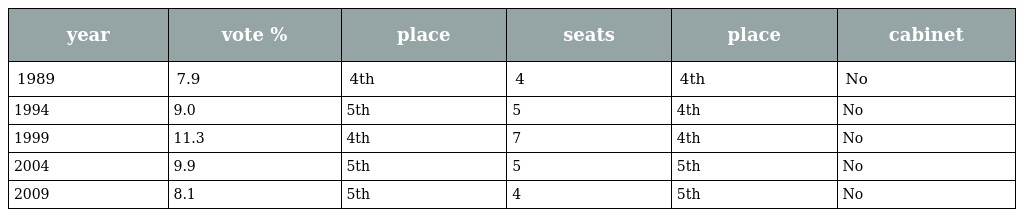
| year | vote % | place | seats | place | cabinet |
 | --- | --- | --- | --- | --- | --- |
 | 1989 | 7.9 | 4th | 4 | 4th | No |
 | 1994 | 9.0 | 5th | 5 | 4th | No |
 | 1999 | 11.3 | 4th | 7 | 4th | No |
 | 2004 | 9.9 | 5th | 5 | 5th | No |
 | 2009 | 8.1 | 5th | 4 | 5th | No |